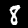
Label: 8